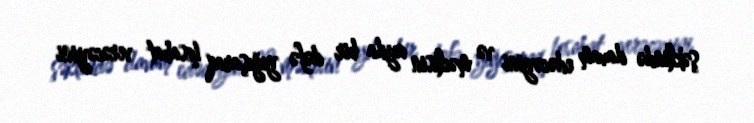
şəklində davam edəcəyini və məclisin ayda bir dəfə yığışaraq hesabat verəcəyini